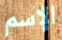
الإسم